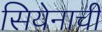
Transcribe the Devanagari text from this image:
सियेनाची